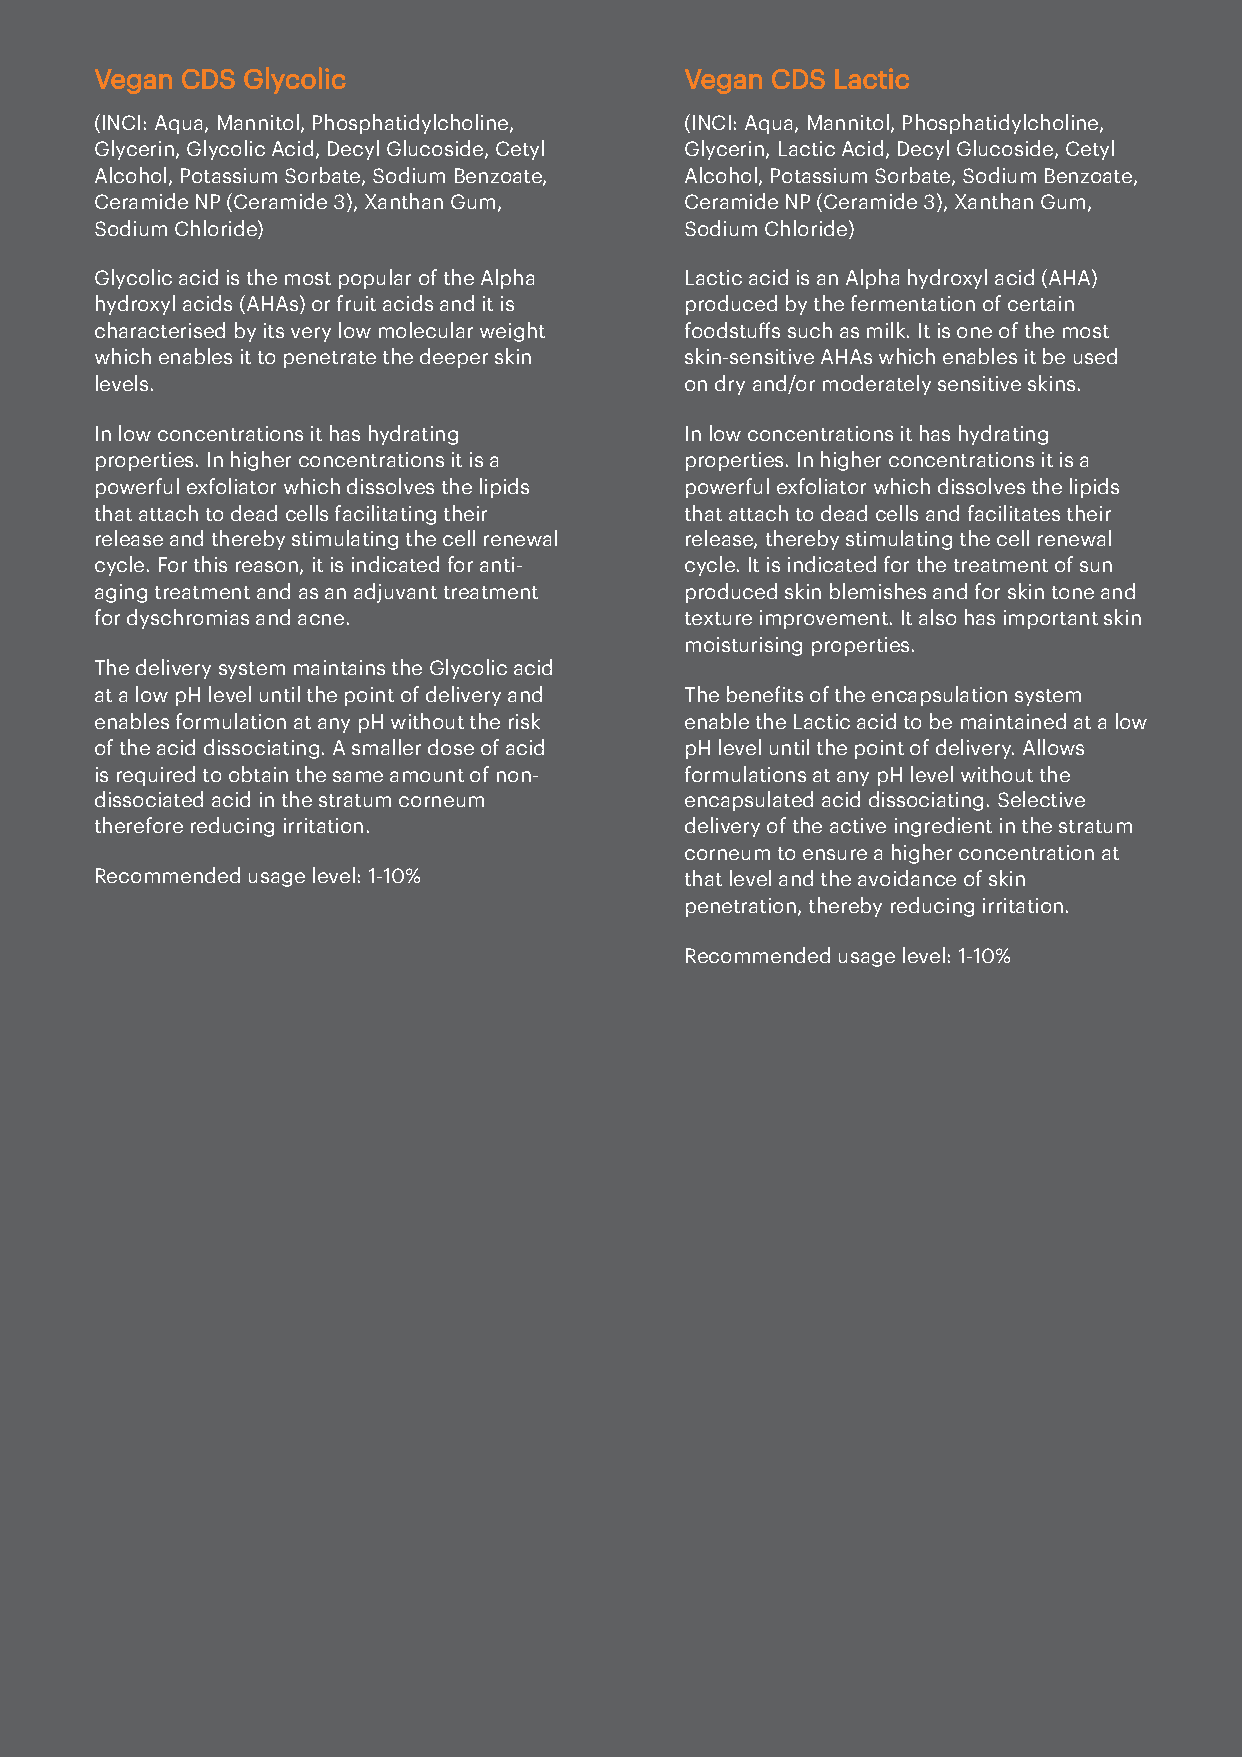
Vegan CDS Glycolic                     Vegan CDS Lactic
 (INCI: Aqua, Mannitol, Phosphatidylcholine, (INCI: Aqua, Mannitol, Phosphatidylcholine,
 Glycerin, Glycolic Acid, Decyl Glucoside, Cetyl Glycerin, Lactic Acid, Decyl Glucoside, Cetyl
 Alcohol, Potassium Sorbate, Sodium Benzoate, Alcohol, Potassium Sorbate, Sodium Benzoate,
 Ceramide NP (Ceramide 3), Xanthan Gum, Ceramide NP (Ceramide 3), Xanthan Gum,
 Sodium Chloride)                       Sodium Chloride)
 Glycolic acid is the most popular of the Alpha Lactic acid is an Alpha hydroxyl acid (AHA)
 hydroxyl acids (AHAs) or fruit acids and it is produced by the fermentation of certain
 characterised by its very low molecular weight foodstuffs such as milk. It is one of the most
 which enables it to penetrate the deeper skin skin-sensitive AHAs which enables it be used
 levels.                                on dry and/or moderately sensitive skins.
 In low concentrations it has hydrating In low concentrations it has hydrating
 properties. In higher concentrations it is a properties. In higher concentrations it is a
 powerful exfoliator which dissolves the lipids powerful exfoliator which dissolves the lipids
 that attach to dead cells facilitating their that attach to dead cells and facilitates their
 release and thereby stimulating the cell renewal release, thereby stimulating the cell renewal
 cycle. For this reason, it is indicated for anti- cycle. It is indicated for the treatment of sun
 aging treatment and as an adjuvant treatment produced skin blemishes and for skin tone and
 for dyschromias and acne.              texture improvement. It also has important skin
 moisturising properties.
 The delivery system maintains the Glycolic acid
 at a low pH level until the point of delivery and The beneits of the encapsulation system
 enables formulation at any pH without the risk enable the Lactic acid to be maintained at a low
 of the acid dissociating. A smaller dose of acid pH level until the point of delivery. Allows
 is required to obtain the same amount of non- formulations at any pH level without the
 dissociated acid in the stratum corneum encapsulated acid dissociating. Selective
 therefore reducing irritation.         delivery of the active ingredient in the stratum
 corneum to ensure a higher concentration at
 Recommended usage level: 1-10%         that level and the avoidance of skin
 penetration, thereby reducing irritation.
 Recommended usage level: 1-10%